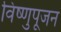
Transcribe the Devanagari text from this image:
विष्णुपूजन